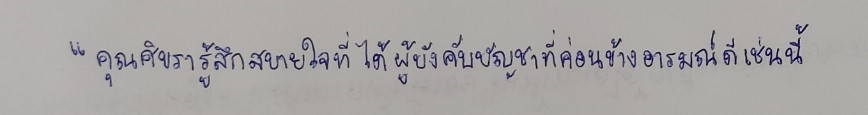
"คุณศิขรารู้สึกสบายใจที่ได้ผู้บังคับบัญชาที่ค่อนข้างอารมณ์ดีเช่นนี้